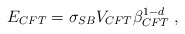
\begin{align*}E_{CFT}=\sigma _{SB}V_{CFT}\beta _{CFT}^{1-d}\;, \end{align*}